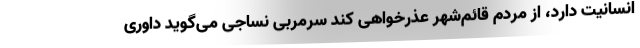
انسانیت دارد، از مردم قائم‌شهر عذرخواهی کند سرمربی نساجی می‌گوید داوری